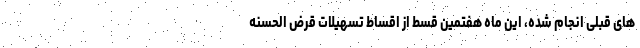
های قبلی انجام شده، این ماه هفتمین قسط از اقساط تسهیلات قرض الحسنه